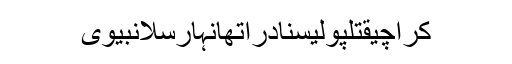
کراچیقتلپولیسنادراتھانہارسلانبیوی